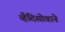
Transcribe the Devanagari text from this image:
व्हैदिसोवाने